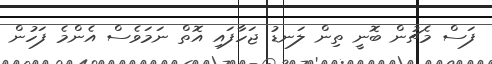
ފަސް މެޗުން ބޮނީ ތިން ލަނޑު ޖަހާފައި އޮތް ނަމަވެސް އެންމެ ފަހުން